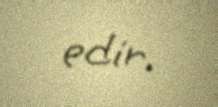
edir.